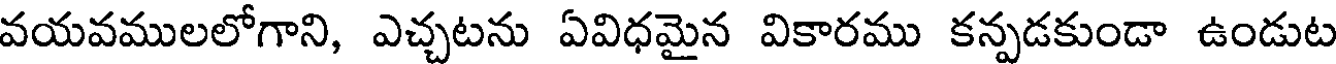
వయవములలోగాని, ఎచ్చటను ఏవిధమైన వికారము కన్పడకుండా ఉండుట